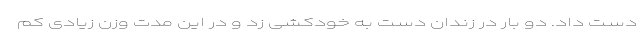
دست داد. دو بار در زندان دست به خودکشی زد و در این مدت وزن زیادی کم